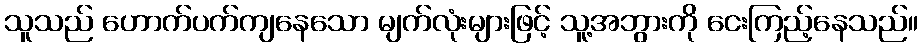
သူသည် ဟောက်ပက်ကျနေသော မျက်လုံးများဖြင့် သူ့အဘွားကို ငေးကြည့်နေသည်။